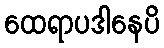
ထေရာပဒါနေပိ